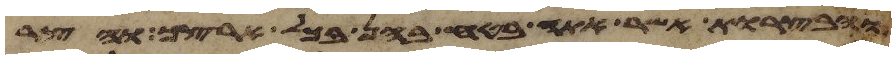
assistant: והבצרות אשר אתה בטח בהן בכל ארצך והצר